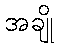
အချို